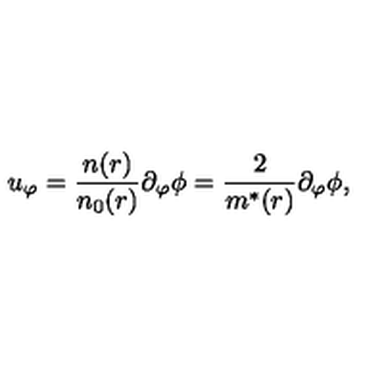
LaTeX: u _ { \varphi } = \frac { n ( r ) } { n _ { 0 } ( r ) } \partial _ { \varphi } \phi = \frac 2 { m ^ { * } ( r ) } \partial _ { \varphi } \phi ,